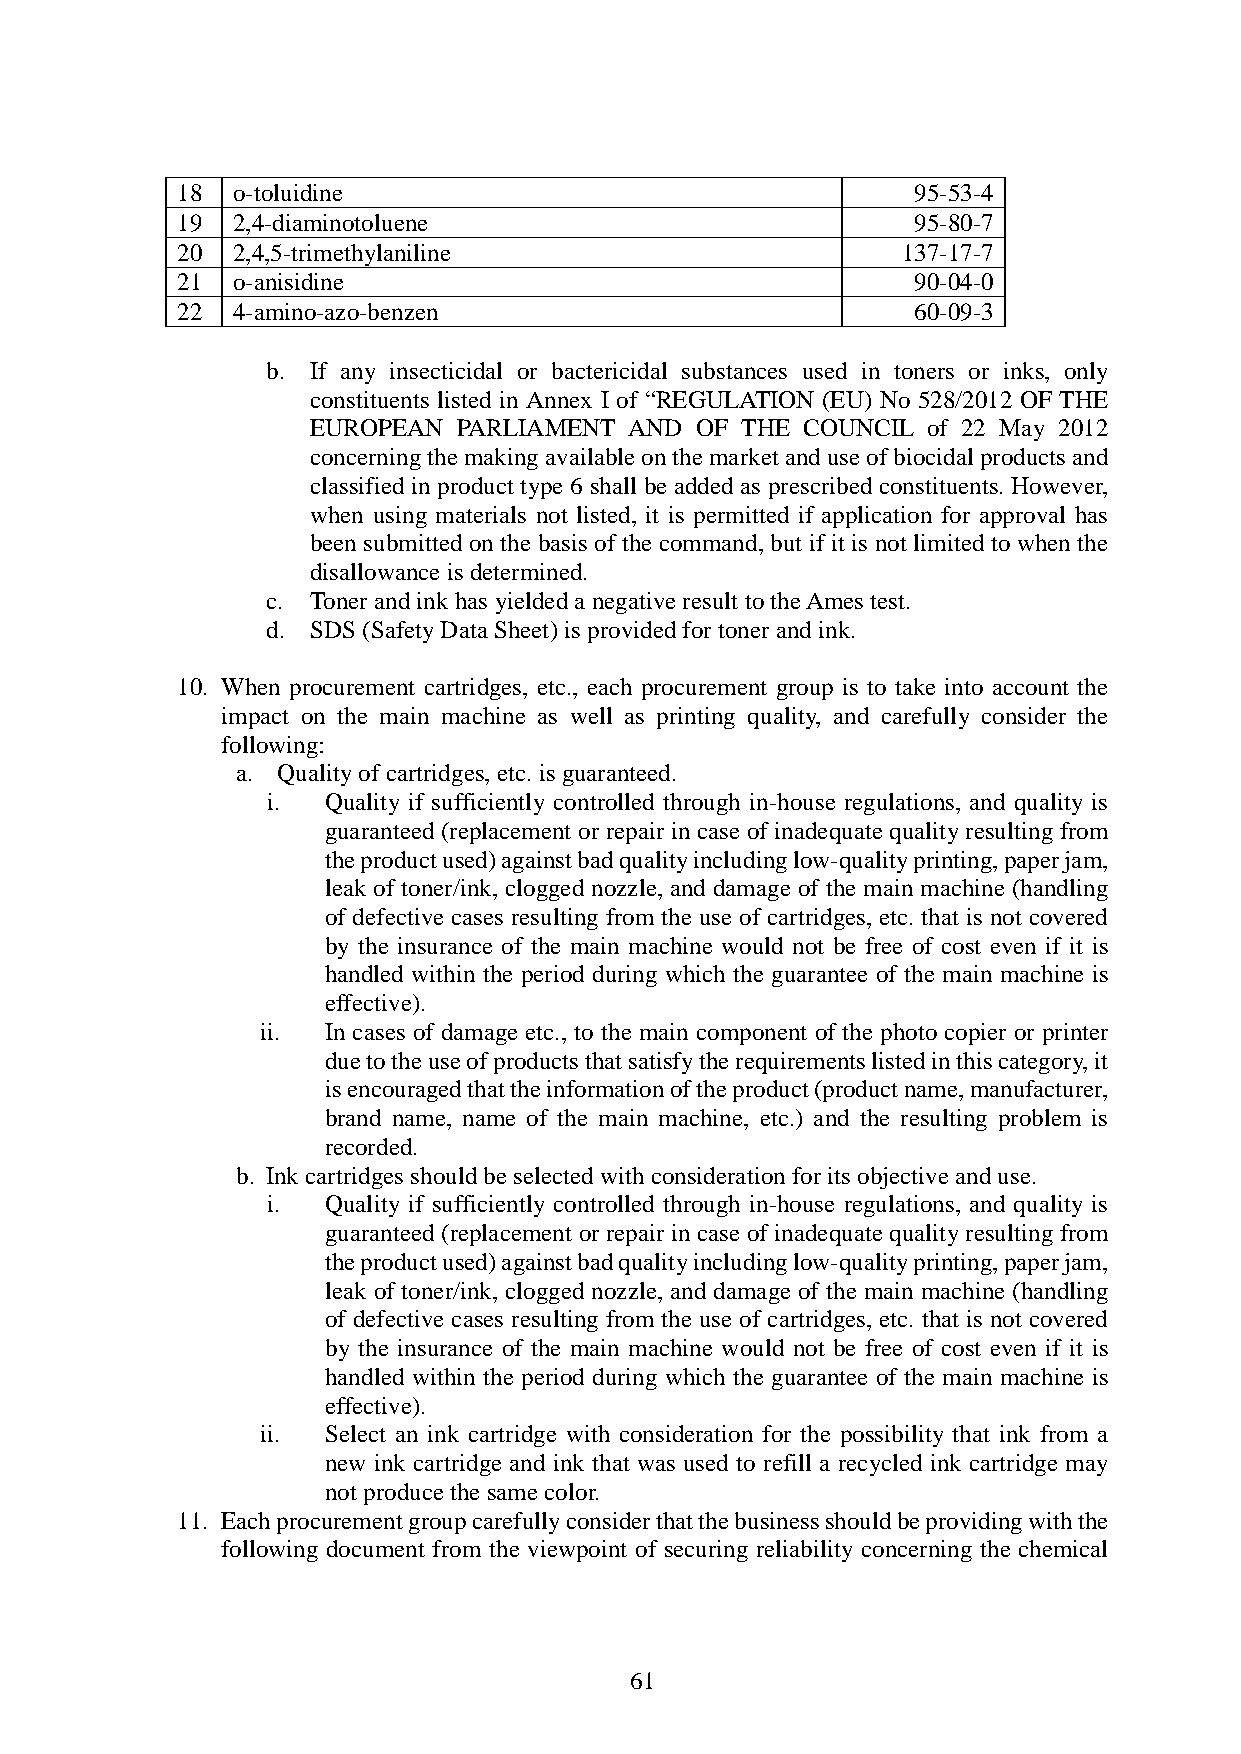
18 o-toluidine                                  95-53-4
 19 2,4-diaminotoluene                           95-80-7
 20 2,4,5-trimethylaniline                       137-17-7
 21 o-anisidine                                  90-04-0
 22 4-amino-azo-benzen                           60-09-3
 b. If any insecticidal or bactericidal substances used in toners or inks, only
 constituents listed in Annex I of “REGULATION (EU) No 528/2012 OF THE
 EUROPEAN PARLIAMENT  AND OF THE COUNCIL of 22 May 2012
 concerning the making available on the market and use of biocidal products and
 classified in product type 6 shall be added as prescribed constituents. However,
 when using materials not listed, it is permitted if application for approval has
 been submitted on the basis of the command, but if it is not limited to when the
 disallowance is determined.
 c. Toner and ink has yielded a negative result to the Ames test.
 d. SDS (Safety Data Sheet) is provided for toner and ink.
 10. When procurement cartridges, etc., each procurement group is to take into account the
 impact on the main machine as well as printing quality, and carefully consider the
 following:
 a. Quality of cartridges, etc. is guaranteed.
 i. Quality if sufficiently controlled through in-house regulations, and quality is
 guaranteed (replacement or repair in case of inadequate quality resulting from
 the product used) against bad quality including low-quality printing, paper jam,
 leak of toner/ink, clogged nozzle, and damage of the main machine (handling
 of defective cases resulting from the use of cartridges, etc. that is not covered
 by the insurance of the main machine would not be free of cost even if it is
 handled within the period during which the guarantee of the main machine is
 effective).
 ii. In cases of damage etc., to the main component of the photo copier or printer
 due to the use of products that satisfy the requirements listed in this category, it
 is encouraged that the information of the product (product name, manufacturer,
 brand name, name of the main machine, etc.) and the resulting problem is
 recorded.
 b. Ink cartridges should be selected with consideration for its objective and use.
 i.  Quality if sufficiently controlled through in-house regulations, and quality is
 guaranteed (replacement or repair in case of inadequate quality resulting from
 the product used) against bad quality including low-quality printing, paper jam,
 leak of toner/ink, clogged nozzle, and damage of the main machine (handling
 of defective cases resulting from the use of cartridges, etc. that is not covered
 by the insurance of the main machine would not be free of cost even if it is
 handled within the period during which the guarantee of the main machine is
 effective).
 ii.  Select an ink cartridge with consideration for the possibility that ink from a
 new ink cartridge and ink that was used to refill a recycled ink cartridge may
 not produce the same color.
 11. Each procurement group carefully consider that the business should be providing with the
 following document from the viewpoint of securing reliability concerning the chemical
 61